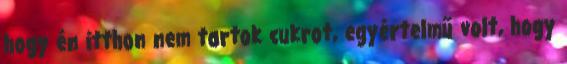
hogy én itthon nem tartok cukrot, egyértelmű volt, hogy